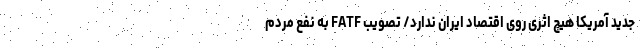
جدید آمریکا هیچ اثری روی اقتصاد ایران ندارد/ تصویب FATF‌ به نفع مردم